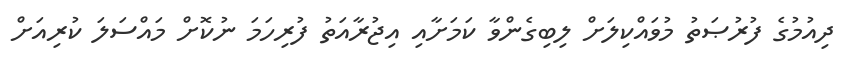
ދިއުމުގެ ފުރުޞަތު މުވައްކިލަށް ލިބިގެންވާ ކަމަށާއި އިޖުރާއަތު ފުރިހަމަ ނުކޮށް މައްސަލަ ކުރިއަށް